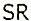
SR